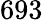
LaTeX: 693